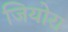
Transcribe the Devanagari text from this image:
जियोरा